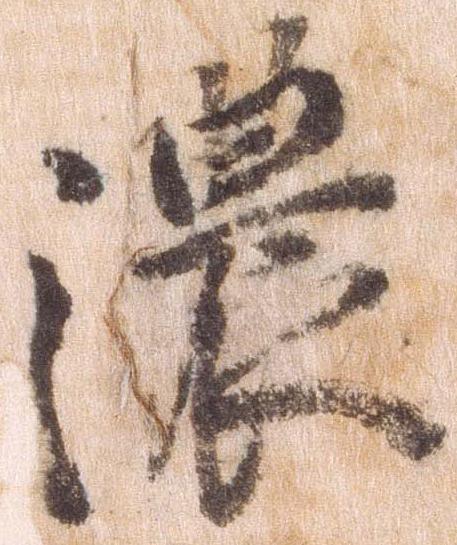
濃